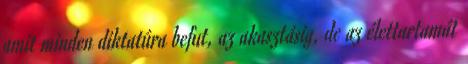
amit minden diktatúra befut, az akasztásig, de az élettartamát